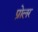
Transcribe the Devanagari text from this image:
प्रोलर